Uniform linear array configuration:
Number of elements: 8
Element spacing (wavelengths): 0.25
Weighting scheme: kaiser
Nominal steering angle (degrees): -30
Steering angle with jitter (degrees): -31.008
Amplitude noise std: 0.05
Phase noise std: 0.05

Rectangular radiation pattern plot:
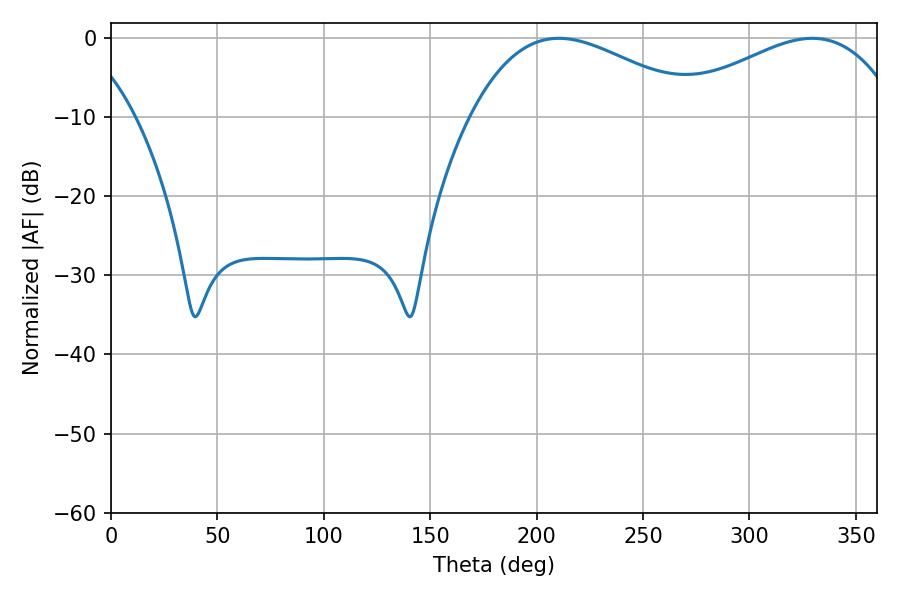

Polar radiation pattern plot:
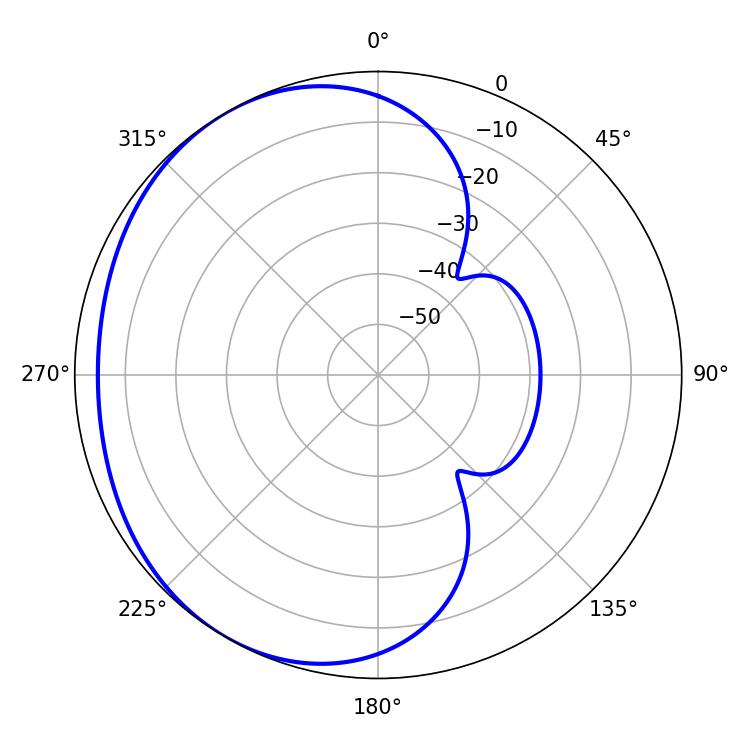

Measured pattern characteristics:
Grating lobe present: FALSE
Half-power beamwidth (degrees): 59.22
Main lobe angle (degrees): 210.42